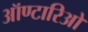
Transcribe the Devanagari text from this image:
ऑण्टारिओ